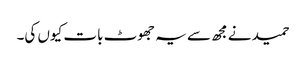
حمید نے مجھ سے یہ جھوٹ بات کیوں کی۔